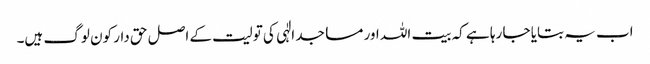
اب یہ بتایا جا رہا ہے کہ بیت اللہ اور مساجد الٰہی کی تولیت کے اصل حق دار کون لوگ ہیں۔